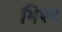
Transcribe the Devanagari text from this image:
भिश्व